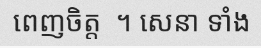
ពេញចិត្ត  ។ សេនា ទាំង